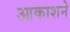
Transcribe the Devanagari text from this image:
आकाशने